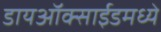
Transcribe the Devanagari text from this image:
डायऑक्साईडमध्ये